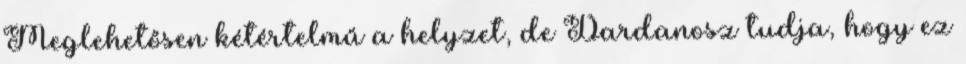
Meglehetősen kétértelmű a helyzet, de Dardanosz tudja, hogy ez